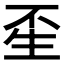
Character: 𤯚